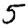
Digit: 5